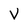
Character: V